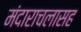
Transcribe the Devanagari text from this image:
मंदाराचलासह